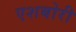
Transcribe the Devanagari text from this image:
एशबोरी